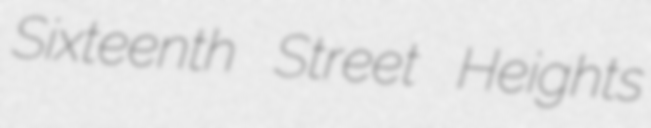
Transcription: Sixteenth Street Heights